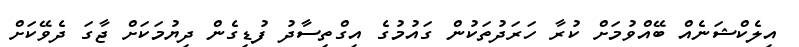
އިލެކްޝަނެއް ބޭއްވުމަށް ކުރާ ހަރަދުތަކުން ގައުމުގެ އިގްތިސާދު ފުޑިގެން ދިޔުމަކަށް ޖާގަ ދެވޭކަށް